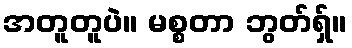
အတူတူပဲ။ မစ္စတာ ဘွတ်ရှ်။